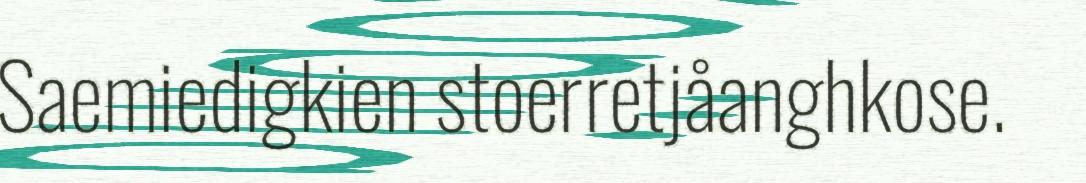
Saemiedigkien stoerretjåanghkose.